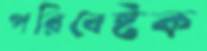
পরিবেষ্টক